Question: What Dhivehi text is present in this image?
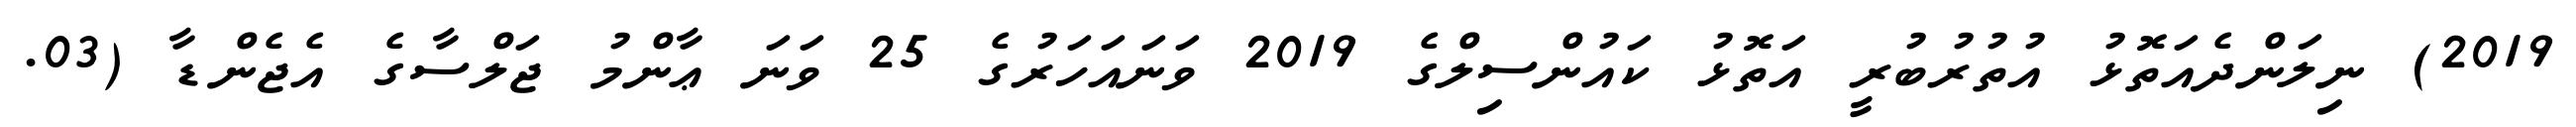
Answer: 2019) ނިލަންދެއަތޮޅު އުތުރުބުރީ އަތޮޅު ކައުންސިލްގެ 2019 ވަނައަހަރުގެ 25 ވަނަ ޢާންމު ޖަލްސާގެ އެޖެންޑާ (03.